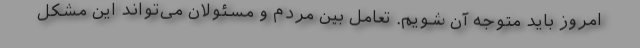
امروز باید متوجه آن شویم. تعامل بین مردم و مسئولان می‌تواند این مشکل